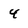
Character: 4